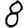
Digit: 8